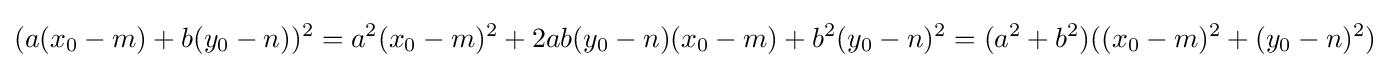
(a(x_{0}-m)+b(y_{0}-n))^{2}=a^{2}(x_{0}-m)^{2}+2ab(y_{0}-n)(x_{0}-m)+b^{2}(y_{0}-n)^{2}=(a^{2}+b^{2})((x_{0}-m)^{2}+(y_{0}-n)^{2})